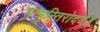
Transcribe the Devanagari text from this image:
शम्भुस्तिरोदधे॥